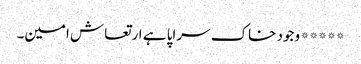
*****وجود خاک سراپا ہے ارتعاش امین۔